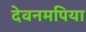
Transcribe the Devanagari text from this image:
देवनमपिया